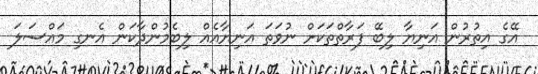
އޭގެ އިތުރުން އަނިޔާ ލިބޭ ފަރާތްތަކަށް ނުވަތަ އަނިޔާއެއް ލިބެމުންދާކަން އެނގި މައްސަލަ